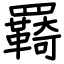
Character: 羇